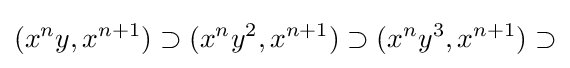
(x^{n}y,x^{n+1})\supset (x^{n}y^{2},x^{n+1})\supset (x^{n}y^{3},x^{n+1})\supset